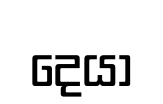
දෙයා